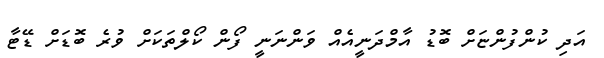
އަދި ކުންފުންޏަށް ބޮޑު އާމްދަނީއެއް ވަންނަނީ ފޯން ކޯލްތަކަށް ވުރެ ބޮޑަށް ޑޭޓާ